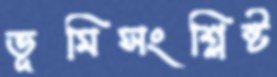
ভূমিসংশ্লিষ্ট